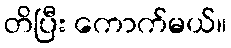
တိပြီး ကောက်မယ်။